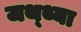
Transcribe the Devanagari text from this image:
जथ्थ्या